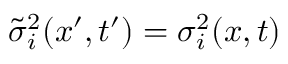
\tilde { \sigma } _ { i } ^ { 2 } ( x ^ { \prime } , t ^ { \prime } ) = \sigma _ { i } ^ { 2 } ( x , t )